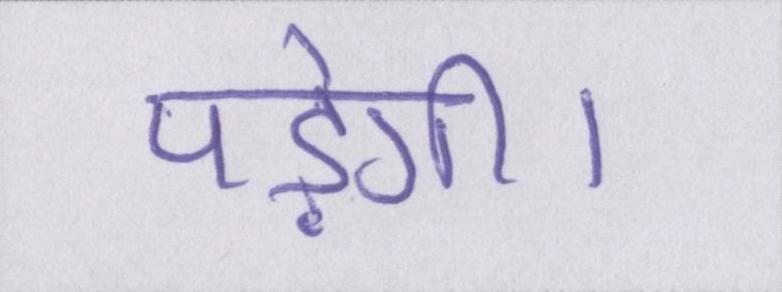
पड़ेगी।